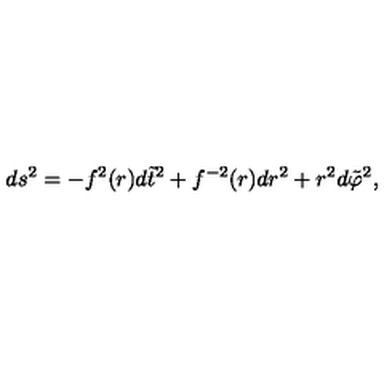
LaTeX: d s ^ { 2 } = - f ^ { 2 } ( r ) d \tilde { t } ^ { 2 } + f ^ { - 2 } ( r ) d r ^ { 2 } + r ^ { 2 } d \tilde { \varphi } ^ { 2 } ,